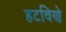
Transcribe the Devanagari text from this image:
हटविणे